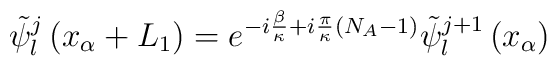
{\tilde \psi}_{l}^{j}\left(x_{\alpha}+L_{1}\right)= e^{-i\frac{\beta}{\kappa} + i\frac{\pi}{\kappa}\left(N_{A}-1\right)}{\tilde \psi}_{l}^{j+1}\left(x_{\alpha}\right)